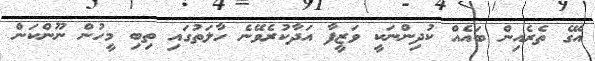
އޭގެ ތެރެއިން ބައެއް ކުދިންނަކީ ވަޒީފާ އަދާކުރެވޭނެ ހާލަތުގައި ތިބި މީހުން ނޫންކަން